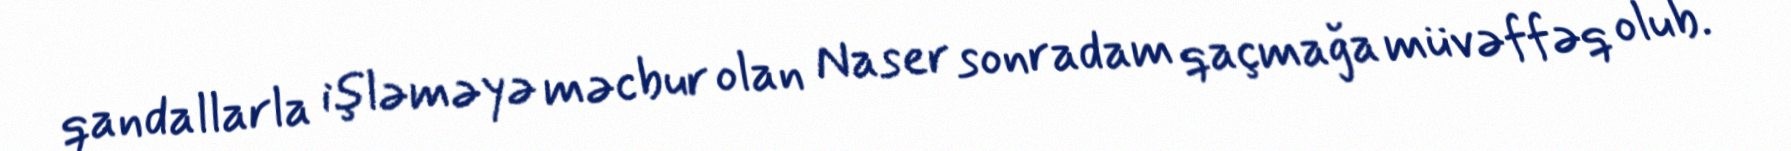
qandallarla işləməyə məcbur olan Naser sonradam qaçmağa müvəffəq olub.